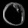
Digit: ၀